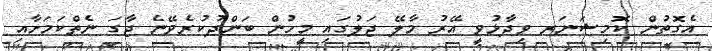
އެގޮތުން ކޮމިޝަނަރ ވިދާޅުވީ އޭރު މާލޭ ޖަލުގައި މީހުން ބަންދުކުރެވޭނެ ޖާގަ ނެތްކަމަށާއި